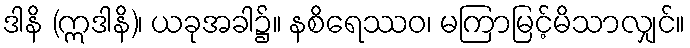
ဒါနိ (ဣဒါနိ)၊ ယခုအခါ၌။ နစိရေဿဝ၊ မကြာမြင့်မိသာလျှင်။